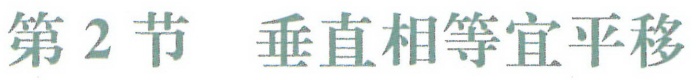
第2节  垂直相等宜平移